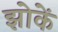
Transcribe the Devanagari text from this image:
झोकें